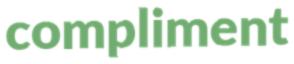
compliment